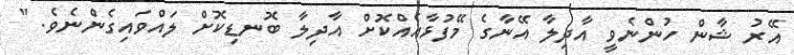
އޭރު ޝާން ހުންނެވީ އާދިލާ އޭނާގެ މޭފުޅާއެއްކޮށް އާދިލާ ބޮނޑިކޮށް ލައްވައިގެންނެވެ. "